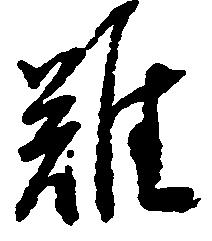
難